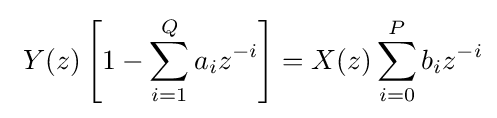
\ Y(z)\left[1-\sum _{i=1}^{Q}a_{i}z^{-i}\right]=X(z)\sum _{i=0}^{P}b_{i}z^{-i}